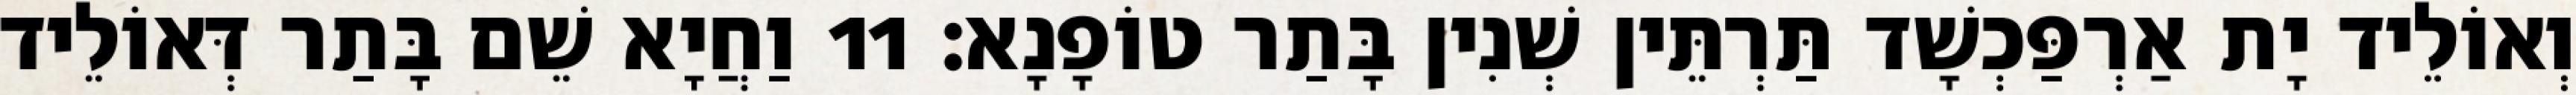
וְאוֹלֵיד יָת אַרְפַּכְשָׁד תַּרְתֵּין שְׁנִין בָּתַר טוֹפָנָא׃ 11 וַחֲיָא שֵׁם בָּתַר דְּאוֹלֵיד